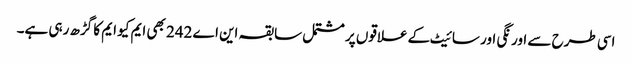
اسی طرح سے اورنگی اور سائیٹ کے علاقوں پر مشتمل سابقہ این اے 242 بھی ایم کیو ایم کا گڑھ رہی ہے۔